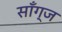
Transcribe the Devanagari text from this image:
साँग्ज